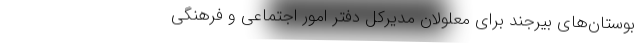
بوستان‌های بیرجند برای معلولان مدیرکل دفتر امور اجتماعی و فرهنگی